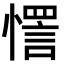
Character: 㦒